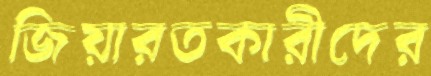
জিয়ারতকারীদের